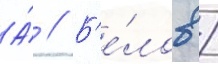
А́ // Б'е́лов /